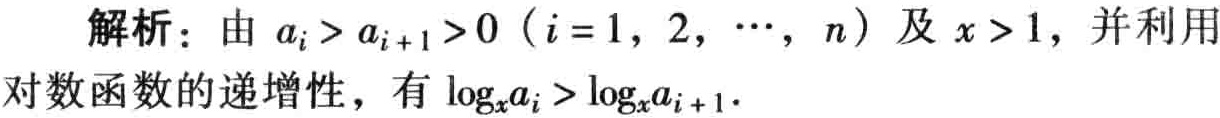
解析：由 \(a_{i}>a_{i + 1}>0\ (i = 1,\ 2,\ \cdots,\ n)\) 及 \(x>1\)，并利用对数函数的递增性，有 \(\log_{x}a_{i}>\log_{x}a_{i + 1}\)．